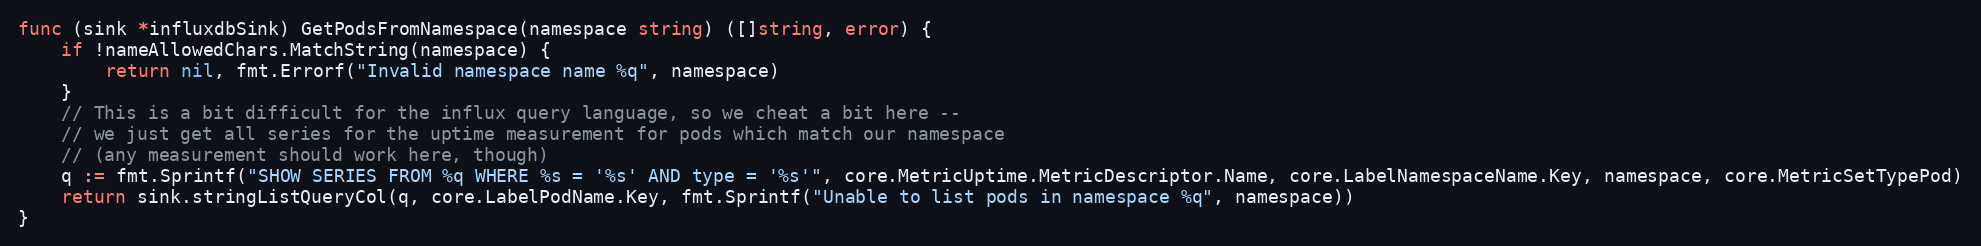
Language: Go
func (sink *influxdbSink) GetPodsFromNamespace(namespace string) ([]string, error) {
	if !nameAllowedChars.MatchString(namespace) {
		return nil, fmt.Errorf("Invalid namespace name %q", namespace)
	}
	// This is a bit difficult for the influx query language, so we cheat a bit here --
	// we just get all series for the uptime measurement for pods which match our namespace
	// (any measurement should work here, though)
	q := fmt.Sprintf("SHOW SERIES FROM %q WHERE %s = '%s' AND type = '%s'", core.MetricUptime.MetricDescriptor.Name, core.LabelNamespaceName.Key, namespace, core.MetricSetTypePod)
	return sink.stringListQueryCol(q, core.LabelPodName.Key, fmt.Sprintf("Unable to list pods in namespace %q", namespace))
}